Calcutta medical institutions reports 1871-78
Year: 1871
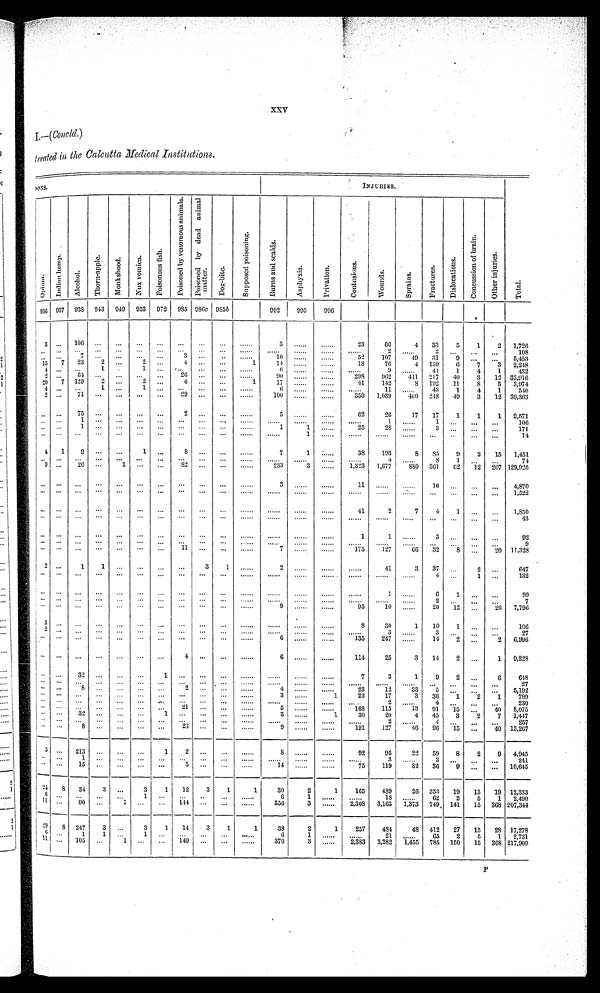
XXV
I.—(concld.)
treated in, the Calcutta Medical Institutions.
SONS.
INJURIES.
Op i u m.
I n d i a n h e m p .
Al c o h o l .
T h o r n - a p p l e .
M o n k s h o o d . N u x v o m i c a . P o i s o n o u s f i s h .
P o i s o n e d b y v o n o m o u s a n i m a l s . P o i s o n e d b y d e a d a n i m a l m a t t e r .
Do g - b i t e
S u p p o s e d p o i s o n i n g .
B u r n s a n d s c a l e s .
As p h y x i a .
P r i v a t i o n .
C o n t u s i o n s .
Wo u n d s .
Spr a i ns .
F r a c t u r e s .
D i s l o c a t i o n s .
C o n c u s s i o n o f b r a i n .
O t h e r i n j u r i e s .
Tot al .
936 937 938 943 949 953 972 985 986c 985b
992
995
996
5
. . .
106
. . .
. . .
. . .
. . .
. . .
. . .
. . .
. . . . . .
3
. . . . . .
. . . . . .
23
66
4 33
5 1
2
1 , 7 2 6
. . . . . .
. . .
. . .
. . .
. . .
. . .
. . .
. . .
. . .
. . . . . . . . . . . .
. . . . . .
. . . . . .
. . . . . .
2
. . . . . .
2
. . .
. . .
. . .
1 0 8
. . .
. . .
7
. . .
. . .
. . .
. . .
3
. . .
. . .
. . . . . .
1 0
. . . . . .
. . . . . .
5 2
1 0 7
4 9
3 1
9
. . .
. . .
5 , 4 5 3
15 7 23
2 ...
2
. . .
4
. . .
. . .
1
14 ...... ......
18
76
4 159
6
7
3 2,248
4
. . .
. . . 1
. . . 1
. . .
. . .
. . .
. . .
. . . . . .
6
. . . . . .
. . . . . .
. . . . . .
9
. . . . . . 41
1
4
1
432
2
. . .
6 4
. . .
. . . . . .
. . . 26
. . .
. . .
. . . . . .
90
. . . . . .
. . . . . . 298
962
411 217 40
3 12 33,916
20 7 129
2
. . .
2
. . .
4
. . .
. . .
1
17
. . . . . .
. . . . . .
41
142
8 192 11
8
5 3,974
4
. . .
. . . 1
. . .
1
. . .
. . .
. . .
. . .
. . . . . .
6
. . . . . .
. . . . . .
. . . . . .
1 1
. . . . . .
4 3
1
4 1
540
2
. . . 71
. . .
. . .
. . .
. . . 29
. . .
. . . ......
100
. . . . . .
. . . . . . 350 1,039
460 248 49
3 12 39,363
. . .
. . .
7 5
. . .
. . .
. . .
. . . 2
. . . ... ......
5
. . . . . .
. . . . . .
62
26
17 17
1
1
1 2,571
. . . . . .
1
. . .
. . .
. . .
. . .
. . .
. . .
. . .
. . . . . .
. . . . . .
. . . . . .
. . . . . .
. . . . . .
1
. . . . . .
1
. . .
. . .
. . .
106
. . . . . .
1
. . .
. . .
. . .
. . .
. . .
. . .
. . .
. . . . . .
1
1
. . . . . .
25
28
. . . . . .
3
. . .
. . .
. . . 171
. . . . . .
. . .
. . .
. . .
. . .
. . .
. . .
. . .
. . .
. . . . . .
. . . . . .
1
. . . . . .
. . . . . .
. . . . . .
. . . . . . ...
. . .
. . .
. . .
14
4 1
9
. . .
. . .
1
. . .
8 ... ... ......
7
1
. . . . . .
38 193
8 85
9
2 15 1,451
. . .
. . .
. . .
. . .
. . .
. . .
. . .
. . .
. . .
. . .
. . . . . .
. . . . . .
. . . . . .
. . . . . .
. . . . . .
4
. . . . . .
8
1
. . .
. . .
74
9 ...
26 ...
1
. . .
. . . 82 ... ... ......
233
3 ......
1,323 1,677
880 361 62 12 267 129,925
. . . . . .
. . .
. . .
. . .
. . .
. . .
. . .
. . .
. . .
. . . . . .
3
. . . . . .
. . . . . .
11
. . . . . .
. . . . . .
10
. . .
. . .
. . .
4,870
. . . . . .
. . .
. . .
. . .
. . .
. . .
. . .
. . .
. . .
. . . . . .
. . . . . .
. . . . . .
. . . . . .
. . . . . .
. . . . . .
. . . . . .
. . .
. . .
. . .
. . .
1 , 5 2 2
. . .
. . .
. . .
. . .
. . .
. . .
. . .
. . .
. . .
. . .
. . . . . .
. . . . . .
. . . . . .
. . . . . .
41
2
7
4
1
. . .
. . . 1,850
... ... ...
. . .
. . .
. . .
. . .
. . .
. . .
. . .
. . . . . .
. . . . . .
. . . . . .
. . . . . .
. . . . . .
. . . . . .
. . . . . . . . .
. . .
. . .
. . .
43
. . .
. . .
. . .
. . .
. . .
. . .
. . .
. . .
. . .
. . .
. . . . . .
. . . . . .
. . . . . .
. . . . . .
1
1
. . . . . .
3
. . .
. . .
. . .
9 2
. . .
. . .
. . .
. . .
. . .
. . .
. . .
. . .
. . .
. . .
. . . . . .
. . . . . .
. . . . . .
. . . . . .
. . . . . .
. . . . . .
. . . . . .
. . .
. . .
. . .
. . .
9
. . .
. . .
. . .
. . .
. . .
. . .
. . .
1 1
. . .
. . .
. . . . . .
7
. . . . . .
. . . . . . 175
127
66 32
8 ... 20 11,328
2 ...
1
1
. . .
. . .
. . .
. . .
3
1
. . . . . .
2
. . . . . .
. . . . . .
. . . . . .
41
3 37
. . .
2
. . .
6 4 7
. . . . . .
. . .
. . .
. . .
. . .
. . .
. . .
. . .
. . .
. . . . . .
. . . . . .
. . . . . .
. . . . . .
. . . . . .
. . . . . .
. . . . . .
4
. . .
1
. . .
1 3 2
. . . . . .
. . .
. . .
. . .
. . .
. . .
. . .
. . .
. . .
. . . . . .
. . . . . .
. . . . . .
. . . . . .
. . . . . .
1
. . . . . .
6
1
. . .
...
99
. . . . . .
. . .
. . .
. . .
. . .
. . .
. . .
. . .
. . .
. . . . . .
. . . . . .
. . . . . .
. . . . . .
. . . . . .
. . . . . .
. . . . . .
2
. . . ...
. . .
7
. . . . . .
. . .
. . .
. . .
. . .
. . .
. . .
. . .
. . .
. . . . . .
9
. . . . . .
. . . . . .
95
10
. . . . . . 20 12
. . . 26 7,796
3
. . .
. . .
. . .
. . .
. . .
. . .
. . .
. . .
. . .
. . . . . .
. . . . . .
. . . . . .
. . . . . .
8
3 0
1
1 0
1
. . .
. . .
1 0 6
2
. . . . . .
. . .
. . .
. . .
. . .
. . .
. . .
. . .
. . . . . .
. . . . . .
. . . . . .
. . . . . .
. . . . . .
3
. . . . . .
3
. . .
. . . . . .
27
. . .
. . .
. . .
. . .
. . .
. . .
. . .
. . .
. . .
. . .
. . . . . .
6
. . . . . . ......
135
2 4 7
. . . . . . 14
2
. . .
2 6,996
. . . . . .
. . .
. . .
. . .
. . .
. . .
4
. . .
. . .
. . . . . .
6
. . . . . .
. . . . . .
1 1 4
2 5
3
1 4
2
. . .
1
9 , 2 2 8
. . .
. . .
3 2
. . .
. . .
. . .
1
. . .
. . .
. . .
. . . . . .
. . . . . .
. . . . . .
. . . . . .
7
3
1
9
2
. . .
6
648
. . .
. . .
. . .
. . .
. . .
. . .
. . .
. . .
. . .
. . .
. . . . . .
. . . . . .
. . . . . .
. . . . . .
. . . . . .
. . . . . .
. . . . . .
. . .
. . . . . .
. . .
2 7
. . . ...
8
. . .
. . .
. . .
. . .
2
. . .
. . .
. . . . . .
4
. . . . . .
. . . . . .
23
12
3 3
5 . . .
. . .
. . .
5 , 1 9 2
. . .
. . .
. . .
. . .
. . .
. . .
. . .
. . .
. . .
. . .
. . . . . .
3
. . . . . .
1
23
17
3 36
1
2
1
7 9 9
. . .
. . . . . . . . .
. . .
. . .
. . .
. . .
. . .
. . .
. . . . . .
. . . . . .
. . . . . .
. . . . . .
. . . . . .
2
. . . . . .
4
. . .
. . .
. . . 230
. . .
. . .
. . .
. . .
. . .
. . .
. . . 21
. . .
. . .
. . . . . .
5
. . . . . .
. . . . . . 168
115
13 91 15
. . . 40 8,075
. . .
. . .
3 2
. . .
. . .
. . .
1
. . .
. . .
. . .
. . . . . .
3
. . . . . .
1
30
20
4 45
3
2
7 1,447
. . .
. . . . . .
. . .
. . .
. . . . ... ...
. . .
. . .
. . . . . .
. . . . . .
. . . . . .
. . . . . .
. . . . . .
2
. . . . . .
4
. . .
. . .
. . . 257
. . .
. . .
8
. . .
. . .
. . .
. . . 23
. . .
. . .
. . . . . .
9
. . . . . .
. . . . . . 191
1 2 7 46 96 15 ...
40 13,267
5
. . . 213
. . .
. . .
. . .
1
2 ...
. . .
. . . . . .
8
. . . . . .
. . . . . .
92
95
22 59
8
2
9 4,945
. . .
. . .
1
. . .
. . .
. . .
. . .
. . .
. . .
. . .
. . . . . .
. . . . . .
. . . . . .
. . . . . .
. . . . . .
3
. . . . . .
3
. . .
. . .
. . . 241
. . .
. . .
1 5
. . .
. . .
. . .
. . .
5
. . .
. . .
. . . . . .
14
. . . . . .
. . . . . .
75
119
82 36 9
. . .
. . . 10,645
24 8 34
3 ...
3
1 12
3
1
1
3 0
2
1
165
489
26 353 19 13 19 12,333
6
. . .
. . .
. . .
. . . 1 ...
. . .
. . .
. . .
. . . . . .
6
1
. . . . . .
. . . . . .
18
. . . . . .
6 2
2
5
1
2 , 4 9 0
1 1 . . . 90 ...
1
. . . ... 144 ...
. . .
. . . . . .
356
3
. . . . . . 2,308 3,163 1,373 749 141 15 368 207,344
2 9 8 247
3
. . .
3
1
1 4
3
1
1
3 8
2
1
2 5 7
4 8 4
4 8
4 1 2
2 7
1 5
2 8
1 7 , 2 7 8
6 . . .
1
1 ...
1
. . .
. . .
. . .
. . .
. . . . . .
6
1
. . . . . .
. . . . . .
2 1
. . . . . .
6 5 2
5
1
2 , 7 3 1
1 1
. . .
1 0 5
. . . 1
. . .
. . . 149
. . .
. . . ......
370
3
. . . . . . 2,383 3,282 1,455 785 150 15 368 217,909
P